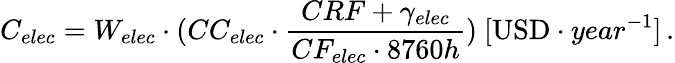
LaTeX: C_{elec}=W_{elec}\cdot(CC_{elec}\cdot\frac{CRF+\gamma_{elec}}{CF_{elec}\cdot 8760h})\ [\mathrm{USD}\cdot year^{-1}]\, .